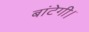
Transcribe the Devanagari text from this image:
बांटेगी।